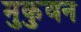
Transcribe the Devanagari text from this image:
मुकुवन